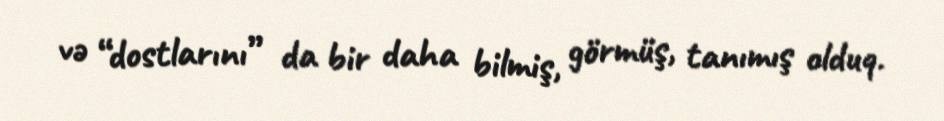
və “dostlarını” da bir daha bilmiş, görmüş, tanımış olduq.